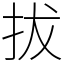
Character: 拔